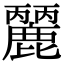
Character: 𪋘